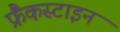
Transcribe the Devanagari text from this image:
फ्रैंकस्टाइन